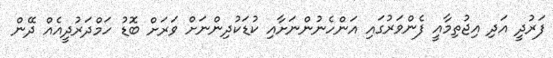
ފަރުދީ އަދި އިޖުތިމާއީ ފެންވަރުގައި އަންހެނުންނަށާއި ކުޑަކުދިންނަށް ވަރަށް ބޮޑު ހަމްދަރުދީއެއް ދޭން